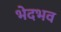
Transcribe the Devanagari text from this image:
भेदभव